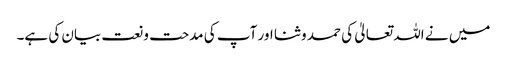
میں نے اللہ تعالیٰ کی حمد و ثنا اور آپ کی مدحت و نعت بیان کی ہے۔